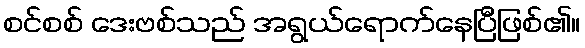
စင်စစ် ဒေးဗစ်သည် အရွယ်ရောက်နေပြီဖြစ်၏။